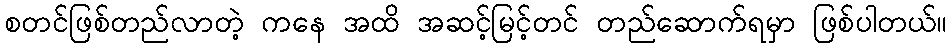
စတင်ဖြစ်တည်လာတဲ့ ကနေ အထိ အဆင့်မြင့်တင် တည်ဆောက်ရမှာ ဖြစ်ပါတယ်။